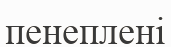
пенеплені